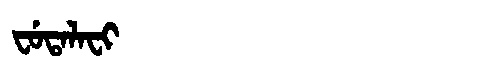
Manchu: ᠸᡠᡨᠠᠯᠠᠸᡳ
Romanization: FUTALAFI